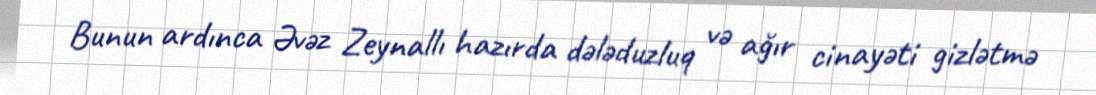
Bunun ardınca Əvəz Zeynallı hazırda dələduzluq və ağır cinayəti gizlətmə